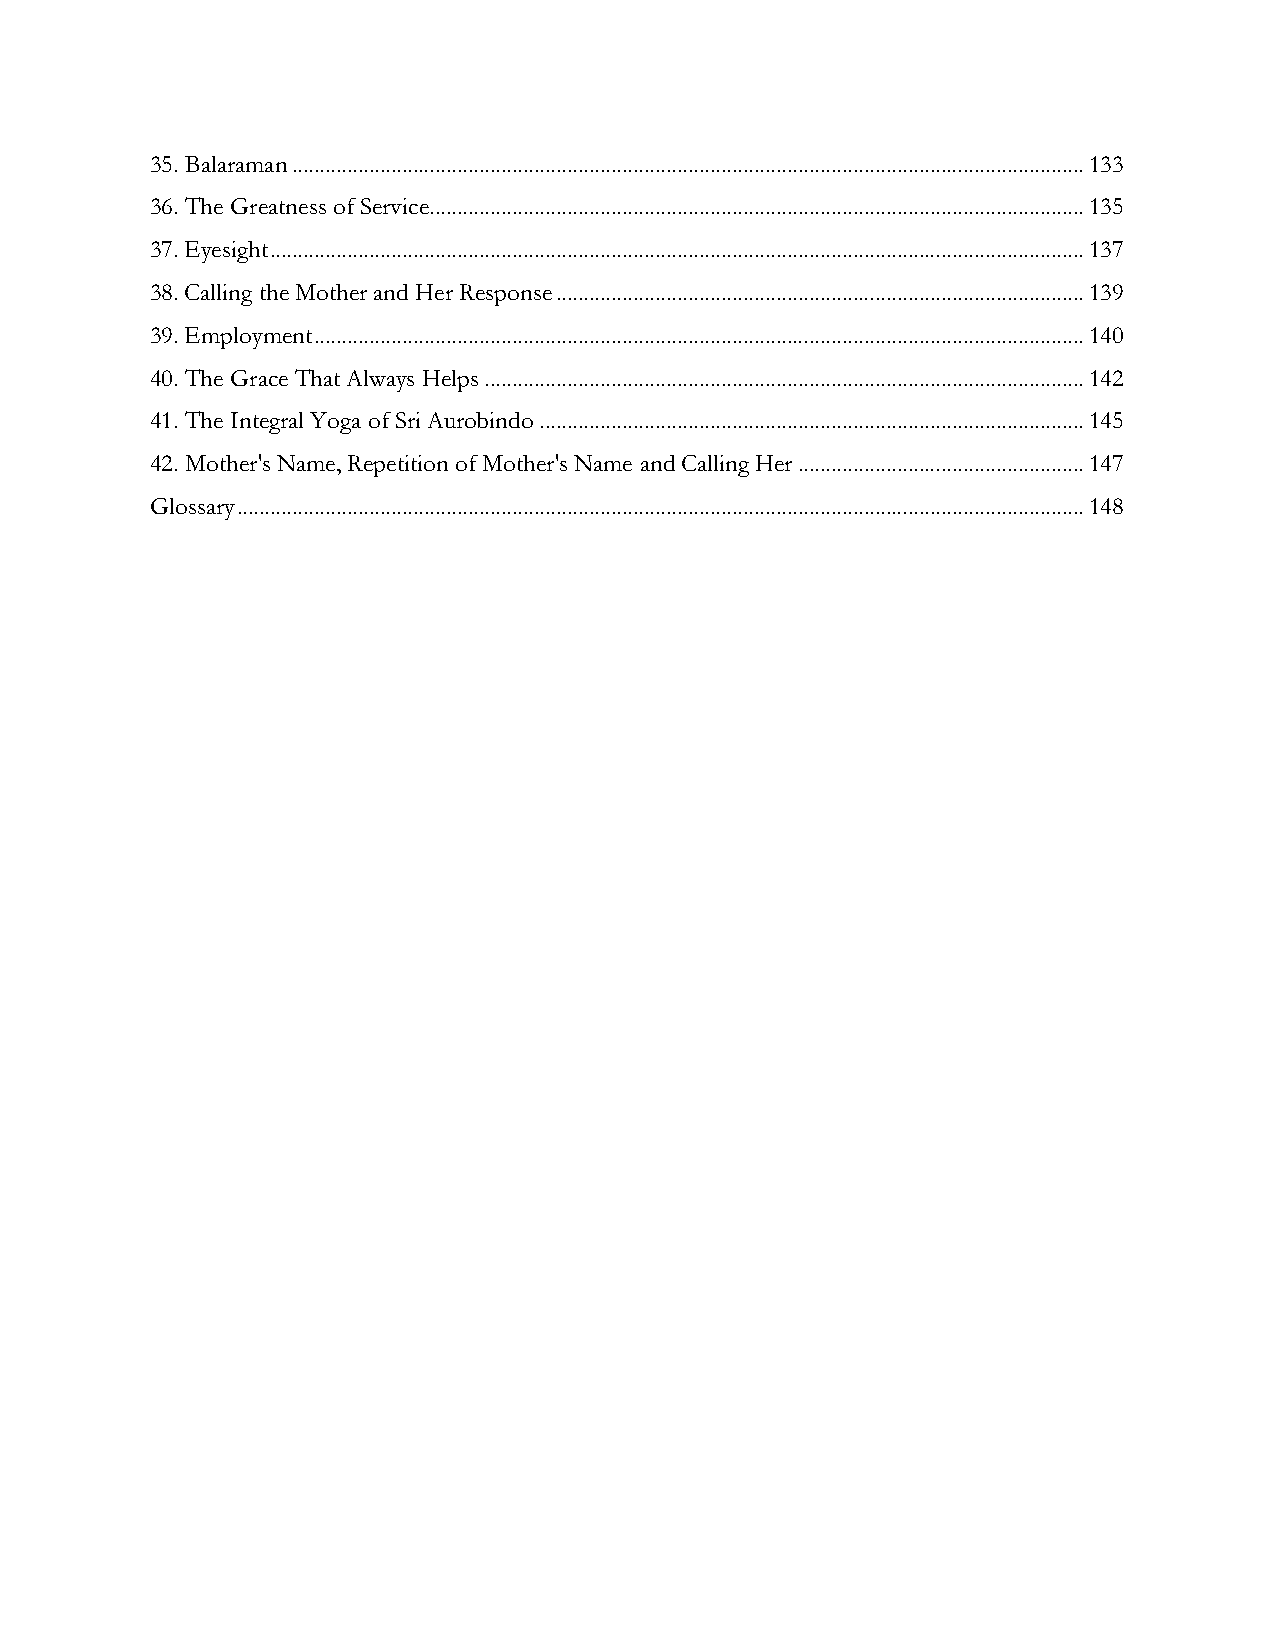
35. Balaraman ................................................................................................................................................ 133
 36. The Greatness of Service....................................................................................................................... 135
 37. Eyesight .................................................................................................................................................... 137
 38. Calling the Mother and Her Response ................................................................................................ 139
 39. Employment ............................................................................................................................................ 140
 40. The Grace That Always Helps ............................................................................................................. 142
 41. The Integral Yoga of Sri Aurobindo ................................................................................................... 145
 42. Mother's Name, Repetition of Mother's Name and Calling Her .................................................... 147
 Glossary .......................................................................................................................................................... 148